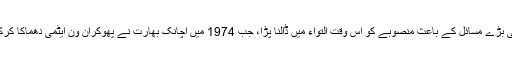
پلوٹونیم افزودگی میں حائل کئی بڑے مسائل کے باعث منصوبے کو اُس وقت التواء میں ڈالنا پڑا، جب 1974 میں اچانک بھارت نے پھوکران ون ایٹمی دھماکا کرکے دنیا کو حیرت میں ڈال دیا۔